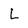
Character: l